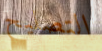
التصليح